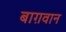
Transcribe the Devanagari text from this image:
बाग़वान